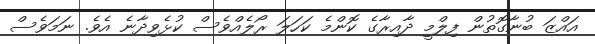
އައްޒަ ބުނާގޮތުން ފިލްމީ ދާއިރާގެ ކޮންމެ ކަހަލަ ރޯލެއްވެސް ކުޅެވިދާނެ އެވެ. ނަމަވެސް